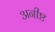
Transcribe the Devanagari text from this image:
अनीष्ट